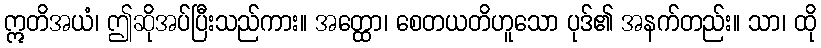
ဣတိအယံ၊ ဤဆိုအပ်ပြီးသည်ကား။ အတ္ထော၊ စေတယတိဟူသော ပုဒ်၏ အနက်တည်း။ သာ၊ ထို